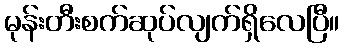
မုန်းတီးစက်ဆုပ်လျက်ရှိလေပြီ။